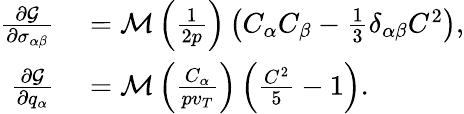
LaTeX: \begin{array}{rl}{\frac{\partial\mathcal{G}}{\partial\sigma_{\alpha\beta}}}&{{}=\mathcal{M}\left(\frac{1}{2p}\right)\left(C_{\alpha}C_{\beta}-\frac{1}{3}\delta_{\alpha\beta}C^{2}\right),}\\ {\frac{\partial\mathcal{G}}{\partial q_{\alpha}}}&{{}=\mathcal{M}\left(\frac{C_{\alpha}}{pv_{T}}\right)\left(\frac{C^{2}}{5}-1\right).}\end{array}